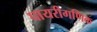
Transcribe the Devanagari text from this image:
पायरीगणिक